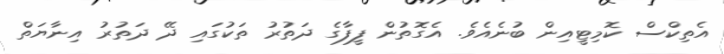
އެތިކްސް ކޮމިޓީއިން ބުނެއެވެ. އެގޮތުން ފީފާގެ ދަތުރު ތަކުގައި ދޭ ދަތުރު އިނާޔަތް